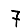
Digit: 7